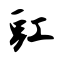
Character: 豇